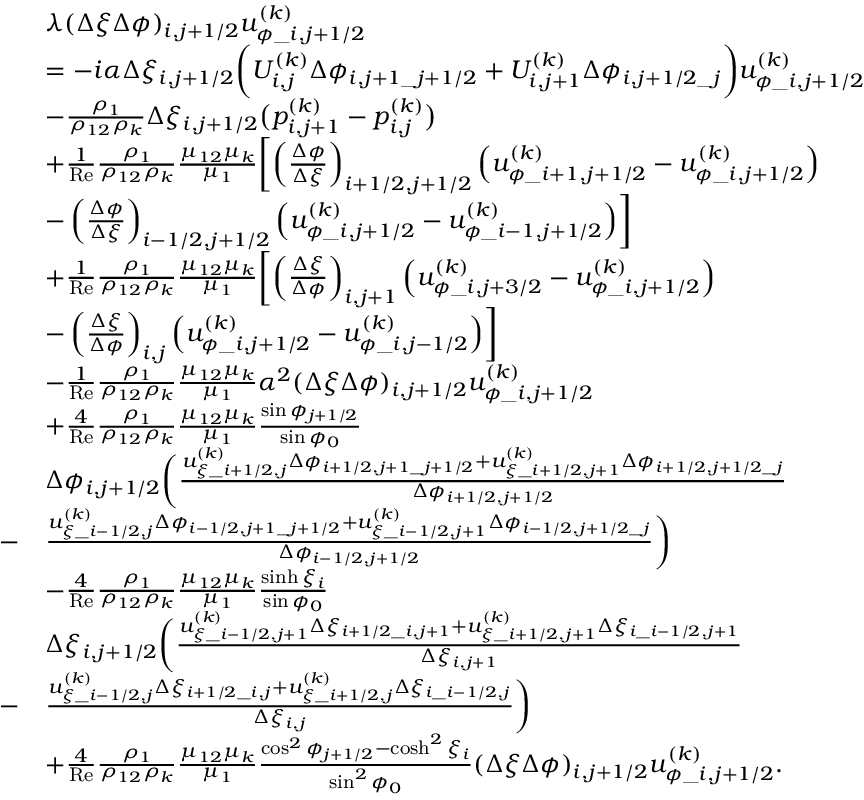
\begin{array} { r l } & { \begin{array} { r l } & { \lambda ( \Delta \xi \Delta \phi ) _ { i , j + 1 / 2 } u _ { \phi \_ i , j + 1 / 2 } ^ { ( k ) } } \\ & { = - i \alpha \Delta \xi _ { i , j + 1 / 2 } \biggl ( U _ { i , j } ^ { ( k ) } \Delta \phi _ { i , j + 1 \_ j + 1 / 2 } + U _ { i , j + 1 } ^ { ( k ) } \Delta \phi _ { i , j + 1 / 2 \_ j } \biggr ) u _ { \phi \_ i , j + 1 / 2 } ^ { ( k ) } } \\ & { - \frac { \rho _ { 1 } } { \rho _ { 1 2 } \rho _ { k } } \Delta \xi _ { i , j + 1 / 2 } \bigl ( p _ { i , j + 1 } ^ { ( k ) } - p _ { i , j } ^ { ( k ) } \bigr ) } \\ & { + \frac { 1 } { \mathrm { R e } } \frac { \rho _ { 1 } } { \rho _ { 1 2 } \rho _ { k } } \frac { \mu _ { 1 2 } \mu _ { k } } { \mu _ { 1 } } \biggl [ \left( \frac { \Delta \phi } { \Delta \xi } \right) _ { i + 1 / 2 , j + 1 / 2 } \left( u _ { \phi \_ { i + 1 , j + 1 / 2 } } ^ { ( k ) } - u _ { \phi \_ { i , j + 1 / 2 } } ^ { ( k ) } \right) } \\ & { - \left( \frac { \Delta \phi } { \Delta \xi } \right) _ { i - 1 / 2 , j + 1 / 2 } \left( u _ { \phi \_ { i , j + 1 / 2 } } ^ { ( k ) } - u _ { \phi \_ { i - 1 , j + 1 / 2 } } ^ { ( k ) } \right) \biggr ] } \\ & { + \frac { 1 } { \mathrm { R e } } \frac { \rho _ { 1 } } { \rho _ { 1 2 } \rho _ { k } } \frac { \mu _ { 1 2 } \mu _ { k } } { \mu _ { 1 } } \biggl [ \left( \frac { \Delta \xi } { \Delta \phi } \right) _ { i , j + 1 } \left( u _ { \phi \_ { i , j + 3 / 2 } } ^ { ( k ) } - u _ { \phi \_ { i , j + 1 / 2 } } ^ { ( k ) } \right) } \\ & { - \left( \frac { \Delta \xi } { \Delta \phi } \right) _ { i , j } \left( u _ { \phi \_ { i , j + 1 / 2 } } ^ { ( k ) } - u _ { \phi \_ { i , j - 1 / 2 } } ^ { ( k ) } \right) \biggr ] } \\ & { - \frac { 1 } { \mathrm { R e } } \frac { \rho _ { 1 } } { \rho _ { 1 2 } \rho _ { k } } \frac { \mu _ { 1 2 } \mu _ { k } } { \mu _ { 1 } } \alpha ^ { 2 } ( \Delta \xi \Delta \phi ) _ { i , j + 1 / 2 } u _ { \phi \_ i , j + 1 / 2 } ^ { ( k ) } } \\ & { + \frac { 4 } { \mathrm { R e } } \frac { \rho _ { 1 } } { \rho _ { 1 2 } \rho _ { k } } \frac { \mu _ { 1 2 } \mu _ { k } } { \mu _ { 1 } } \frac { \sin \phi _ { j + 1 / 2 } } { \sin \phi _ { 0 } } } \\ & { \Delta \phi _ { i , j + 1 / 2 } \biggl ( \frac { u _ { \xi \_ i + 1 / 2 , j } ^ { ( k ) } \Delta \phi _ { i + 1 / 2 , j + 1 \_ j + 1 / 2 } + u _ { \xi \_ i + 1 / 2 , j + 1 } ^ { ( k ) } \Delta \phi _ { i + 1 / 2 , j + 1 / 2 \_ j } } { \Delta \phi _ { i + 1 / 2 , j + 1 / 2 } } } \\ { - } & { \frac { u _ { \xi \_ i - 1 / 2 , j } ^ { ( k ) } \Delta \phi _ { i - 1 / 2 , j + 1 \_ j + 1 / 2 } + u _ { \xi \_ i - 1 / 2 , j + 1 } ^ { ( k ) } \Delta \phi _ { i - 1 / 2 , j + 1 / 2 \_ j } } { \Delta \phi _ { i - 1 / 2 , j + 1 / 2 } } \biggr ) } \\ & { - \frac { 4 } { \mathrm { R e } } \frac { \rho _ { 1 } } { \rho _ { 1 2 } \rho _ { k } } \frac { \mu _ { 1 2 } \mu _ { k } } { \mu _ { 1 } } \frac { \sinh \xi _ { i } } { \sin \phi _ { 0 } } } \\ & { \Delta \xi _ { i , j + 1 / 2 } \biggl ( \frac { u _ { \xi \_ i - 1 / 2 , j + 1 } ^ { ( k ) } \Delta \xi _ { i + 1 / 2 \_ i , j + 1 } + u _ { \xi \_ i + 1 / 2 , j + 1 } ^ { ( k ) } \Delta \xi _ { i \_ i - 1 / 2 , j + 1 } } { \Delta \xi _ { i , j + 1 } } } \\ { - } & { \frac { u _ { \xi \_ i - 1 / 2 , j } ^ { ( k ) } \Delta \xi _ { i + 1 / 2 \_ i , j } + u _ { \xi \_ i + 1 / 2 , j } ^ { ( k ) } \Delta \xi _ { i \_ i - 1 / 2 , j } } { \Delta \xi _ { i , j } } \biggr ) } \\ & { + \frac { 4 } { \mathrm { R e } } \frac { \rho _ { 1 } } { \rho _ { 1 2 } \rho _ { k } } \frac { \mu _ { 1 2 } \mu _ { k } } { \mu _ { 1 } } \frac { \cos ^ { 2 } \phi _ { j + 1 / 2 } - \cosh ^ { 2 } \xi _ { i } } { \sin ^ { 2 } \phi _ { 0 } } ( \Delta \xi \Delta \phi ) _ { i , j + 1 / 2 } u _ { \phi \_ i , j + 1 / 2 } ^ { ( k ) } . } \end{array} } \end{array}